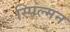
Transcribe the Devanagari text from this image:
स्पिल्मन